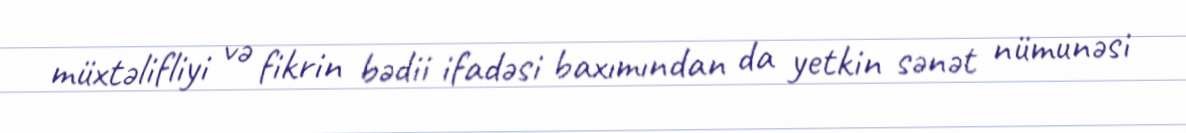
müxtəlifliyi və fikrin bədii ifadəsi baxımından da yetkin sənət nümunəsi